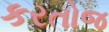
કરતોજ